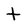
Character: t